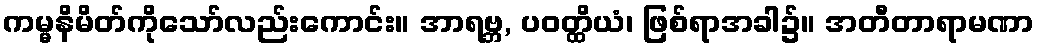
ကမ္မနိမိတ်ကိုသော်လည်းကောင်း။ အာရဗ္ဘ, ပဝတ္ထိယံ၊ ဖြစ်ရာအခါ၌။ အတီတာရာမဏာ